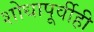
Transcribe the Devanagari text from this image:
शोधापूर्वीही